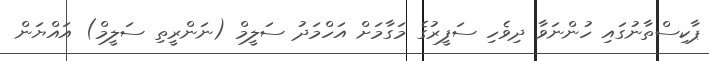
ޕާކިސްތާނުގައި ހުންނަވާ ދިވެހި ސަފީރުގެ މަގާމަށް އަހްމަދު ސަލީމް (ނަންރީތި ސަލީމް) އައްޔަން